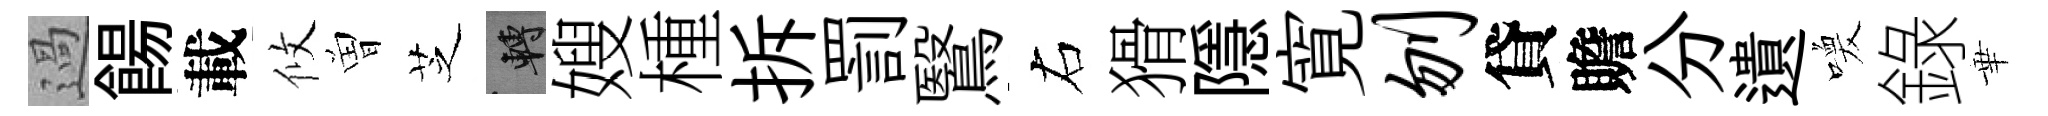
過餳載攸曽芝轉嫂㮔拆罰鷖右猾隱寛刎貸贍分遺喚錄華